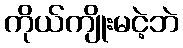
ကိုယ်ကျိုးမငဲ့ဘဲ